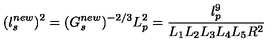
( l _ { s } ^ { n e w } ) ^ { 2 } = ( G _ { s } ^ { n e w } ) ^ { - 2 / 3 } L _ { p } ^ { 2 } = \frac { l _ { p } ^ { 9 } } { L _ { 1 } L _ { 2 } L _ { 3 } L _ { 4 } L _ { 5 } R ^ { 2 } }